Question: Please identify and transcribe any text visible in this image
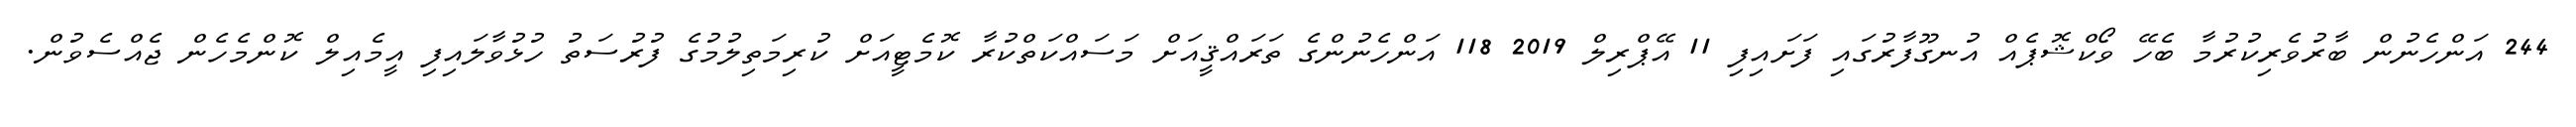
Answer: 244 އަންހެނުން ބާރުވެރިކުރުމާ ބެހޭ ވޯކްޝޮޕެއް އުނގޫފާރުގައި ފަށައިފި 11 އޭޕްރިލް 2019 118 އަންހެނުންގެ ތަރައްޤީއަށް މަސައްކަތްކުރާ ކޮމެޓީއަށް ކުރިމަތިލުމުގެ ފުރުސަތު ހުޅުވާލައިފި އީމެއިލް ކޮންމެހެން ޖެއްސެވުން.